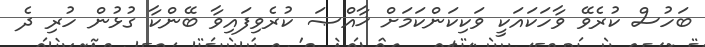
ބަހުސް ކުރެވޭ ވާހަކައަކީ ވަކިކަންކަމަށް ޚާއްޞަ ކުރެވިފައިވާ ބޭންކާ ގުޅުން ހުރި ދެ